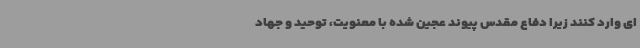
ای وارد کنند زیرا دفاع مقدس پیوند عجین شده با معنویت، توحید و جهاد